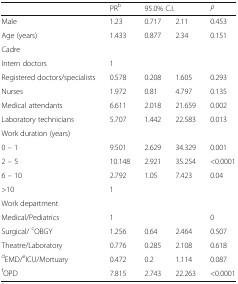
<table><thead><tr><td></td><td><b>PR<sup>b</sup></b></td><td colspan="2"><b>95.0% C.I.</b></td><td><b><i>P</i></b></td></tr></thead><tbody><tr><td>Male</td><td>1.23</td><td>0.717</td><td>2.11</td><td>0.453</td></tr><tr><td>Age (years)</td><td>1.433</td><td>0.877</td><td>2.34</td><td>0.151</td></tr><tr><td colspan="5">Cadre</td></tr><tr><td>Intern doctors</td><td>1</td><td></td><td></td><td></td></tr><tr><td>Registered doctors/specialists</td><td>0.578</td><td>0.208</td><td>1.605</td><td>0.293</td></tr><tr><td>Nurses</td><td>1.972</td><td>0.81</td><td>4.797</td><td>0.135</td></tr><tr><td>Medical attendants</td><td>6.611</td><td>2.018</td><td>21.659</td><td>0.002</td></tr><tr><td>Laboratory technicians</td><td>5.707</td><td>1.442</td><td>22.583</td><td>0.013</td></tr><tr><td colspan="5">Work duration (years)</td></tr><tr><td>0 -- 1</td><td>9.501</td><td>2.629</td><td>34.329</td><td>0.001</td></tr><tr><td>2 -- 5</td><td>10.148</td><td>2.921</td><td>35.254</td><td>&lt;0.0001</td></tr><tr><td>6 -- 10</td><td>2.792</td><td>1.05</td><td>7.423</td><td>0.04</td></tr><tr><td>&gt;10</td><td>1</td><td></td><td></td><td></td></tr><tr><td colspan="5">Work department</td></tr><tr><td>Medical/Pediatrics</td><td>1</td><td></td><td></td><td>0</td></tr><tr><td>Surgical/ <sup>c</sup>OBGY</td><td>1.256</td><td>0.64</td><td>2.464</td><td>0.507</td></tr><tr><td>Theatre/Laboratory</td><td>0.776</td><td>0.285</td><td>2.108</td><td>0.618</td></tr><tr><td><sup>d</sup>EMD/<sup>e</sup>ICU/Mortuary</td><td>0.472</td><td>0.2</td><td>1.114</td><td>0.087</td></tr><tr><td><sup>f</sup>OPD</td><td>7.815</td><td>2.743</td><td>22.263</td><td>&lt;0.0001</td></tr></tbody></table>